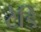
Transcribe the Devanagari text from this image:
टेडि